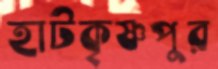
হাটকৃষ্ণপুর